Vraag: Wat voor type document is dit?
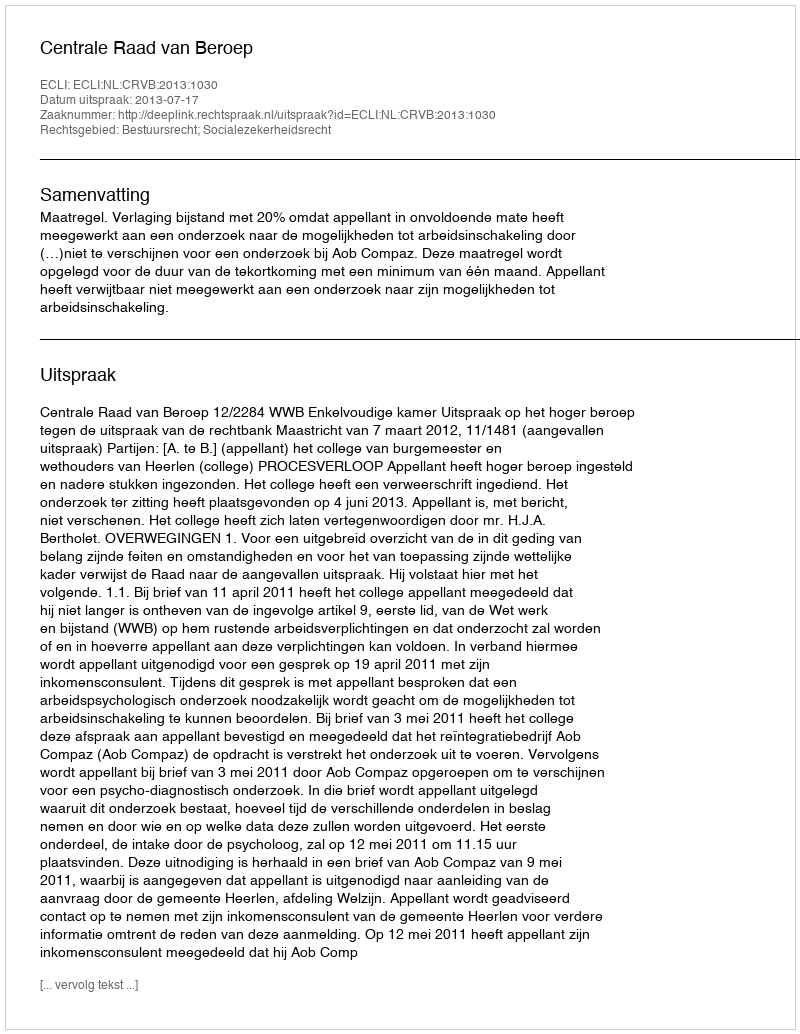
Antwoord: Uitspraak